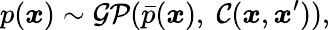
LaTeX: p(\boldsymbol{x})\sim\mathcal{GP}(\bar{p}(\boldsymbol{x}),\; \mathcal{C}(\boldsymbol{x},\boldsymbol{x}^{\prime})),